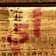
أي